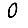
Digit: 0